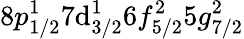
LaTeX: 8p_{1/2}^{1}7\mathrm{d}_{3/2}^{1}6f_{5/2}^{2}5g_{7/2}^{2}